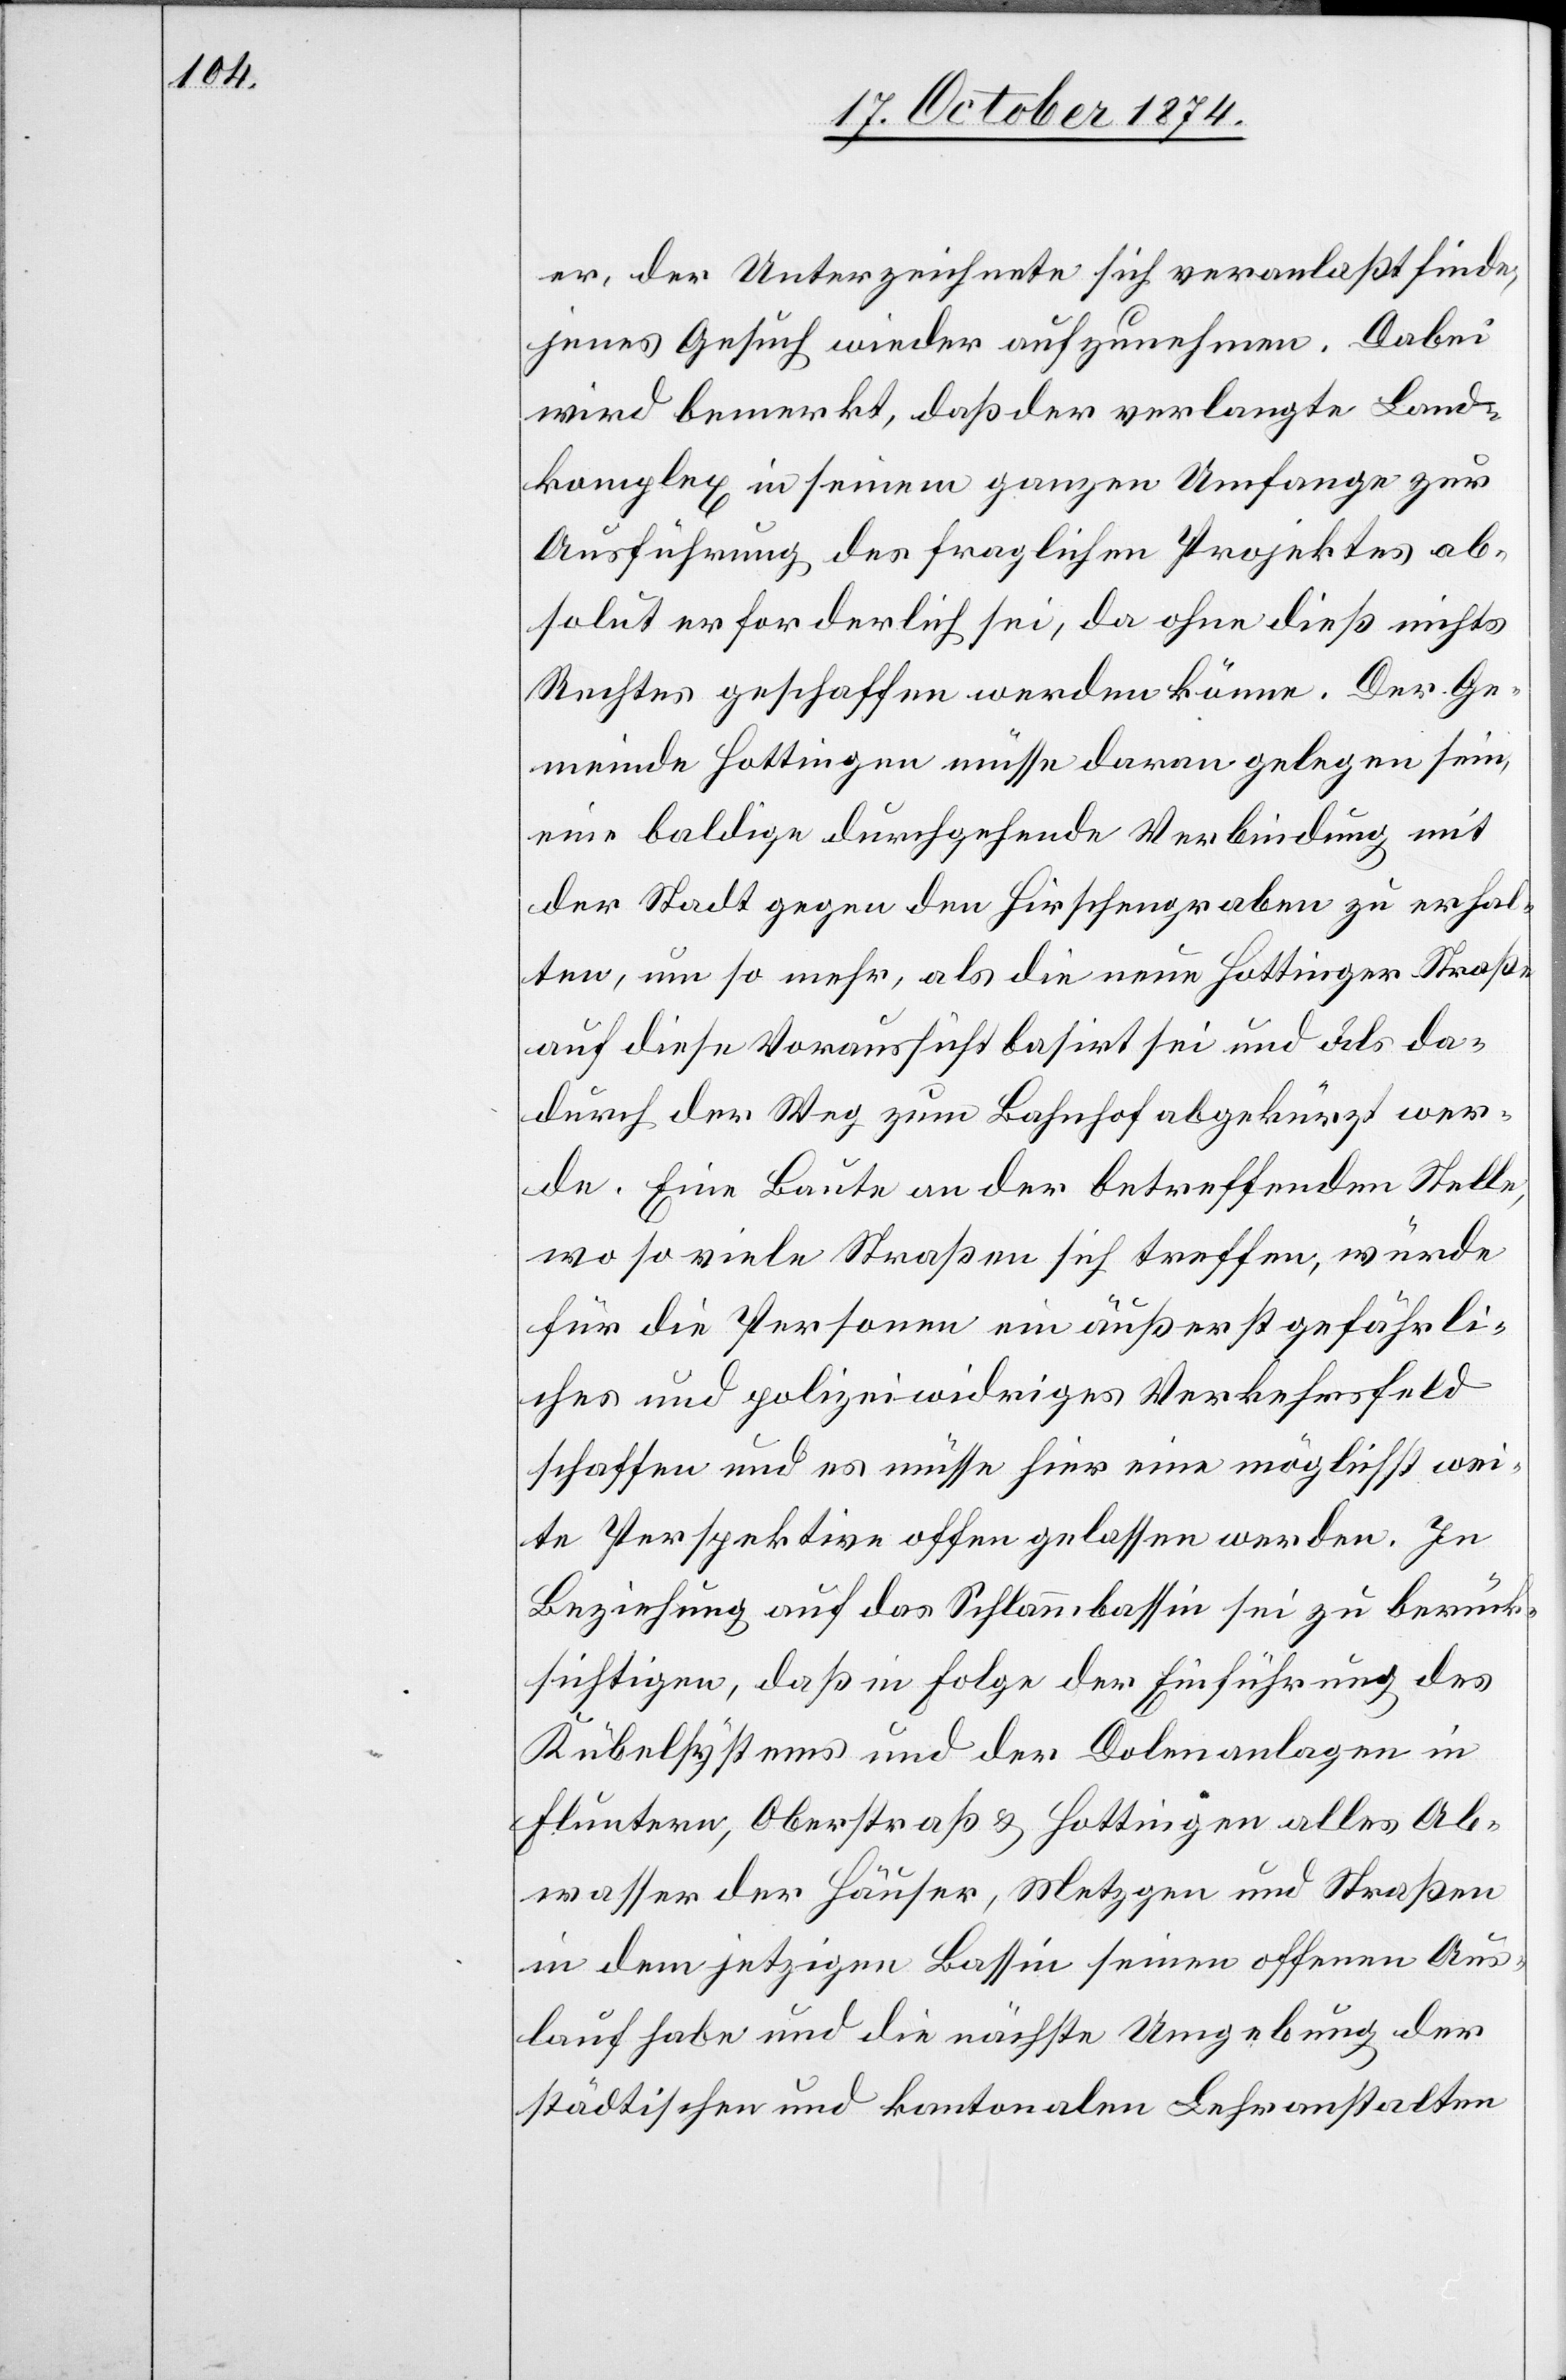
er, der Unterzeichnete sich veranlaßt finde,
jenes Gesuch wieder aufzunehmen. Dabei
wird bemerkt, daß der verlangte Land¬
komplex in seinem ganzen Umfange zur
Ausführung des fraglichen Projektes ab¬
solute erforderlich sei, da ohne dieß nichts
Rechtes geschaffen werden könne. Der Ge¬
meinde Hottingen müsse daran gelegen sein,
eine baldige durchgehende Verbindung mit
der Stadt gegen den Hirschengraben zu erhal¬
ten, um so mehr, als die neue Hottinger Straße
auf diese Voraussicht basirt sei und als da¬
durch der Weg zum Bahnhof abgekürzt wer¬
de. Eine Baute an der betreffenden Stelle,
wo so viele Straßen sich treffen, würde
für die Personen ein äußerst gefährli¬
ches und polizeiwidriges Verkehrsfeld
schaffen und es müsse hier eine möglichst wei¬
te Perspektive offen gelassen werden. In
Beziehung auf das Schlammbassin sei zu berück¬
sichtigen, daß in Folge der Einführung des
Kübelsystems und der Dolenanlagen in
Fluntern, Oberstraße & Hottingen alles Ab¬
wasser der Häuser, Metzgen und Straßen
in dem jetzigen Bassin seinen offenen Aus¬
lauf habe und die nächste Umgebung der
städtischen und kantonalen Lehranstalten